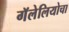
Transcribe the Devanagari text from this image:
गॅलेलियोचा